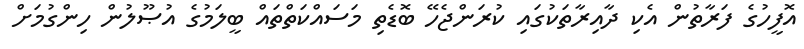
އޮފީހުގެ ފަރާތުން އެކި ދާއިރާތަކުގައި ކުރަންޖެހޭ ބޮޑެތި މަސައްކަތްތައް ބީލަމުގެ އުޞޫލުން ހިންގުމަށް